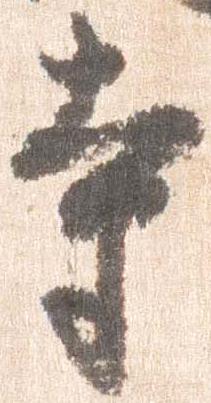
寺